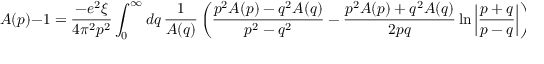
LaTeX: A ( p ) - 1 = \frac { - e ^ { 2 } \xi } { 4 \pi ^ { 2 } p ^ { 2 } } \int _ { 0 } ^ { \infty } d q \, \frac { 1 } { A ( q ) } \left( \frac { p ^ { 2 } A ( p ) - q ^ { 2 } A ( q ) } { p ^ { 2 } - q ^ { 2 } } - \frac { p ^ { 2 } A ( p ) + q ^ { 2 } A ( q ) } { 2 p q } \ln \left| \frac { p + q } { p - q } \right| \right) ,